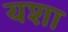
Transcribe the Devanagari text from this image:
यशा